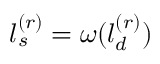
l _ { s } ^ { ( r ) } = \omega ( l _ { d } ^ { ( r ) } )